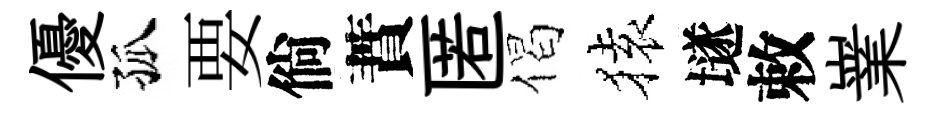
優孤要倘蕡匿偈𫞤𡑞敕嶪